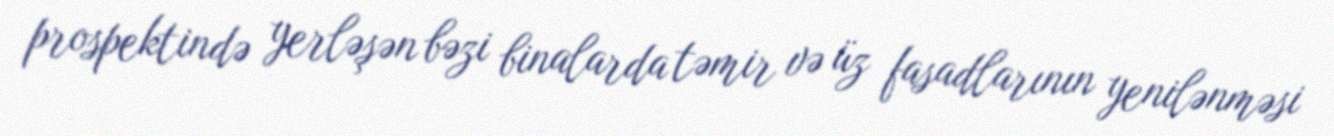
prospektində yerləşən bəzi binalarda təmir və üz fasadlarının yenilənməsi